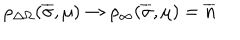
LaTeX: \rho _ { \Delta \Omega } ( \overline { { \sigma } } , \mu ) \to \rho _ { \infty } ( \overline { { \sigma } } , \mu ) = \overline { { n } }